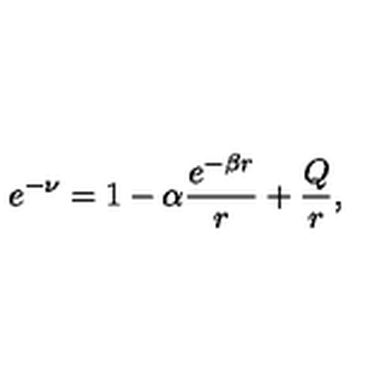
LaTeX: e ^ { - \nu } = 1 - \alpha \frac { e ^ { - \beta r } } { r } + \frac { Q } { r } ,